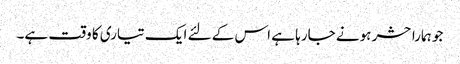
جو ہمارا حشر ہونے جارہا ہے اس کے لئے ایک تیاری کا وقت ہے۔